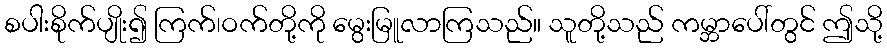
စပါးစိုက်ပျိုး၍ ကြက်၊ဝက်တို့ကို မွေးမြူလာကြသည်။ သူတို့သည် ကမ္ဘာပေါ်တွင် ဤသို့